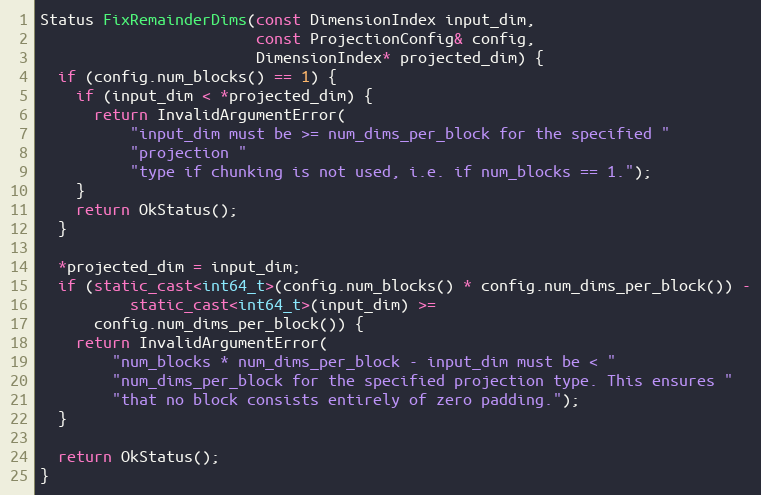
Language: C++
Status FixRemainderDims(const DimensionIndex input_dim,
                        const ProjectionConfig& config,
                        DimensionIndex* projected_dim) {
  if (config.num_blocks() == 1) {
    if (input_dim < *projected_dim) {
      return InvalidArgumentError(
          "input_dim must be >= num_dims_per_block for the specified "
          "projection "
          "type if chunking is not used, i.e. if num_blocks == 1.");
    }
    return OkStatus();
  }

  *projected_dim = input_dim;
  if (static_cast<int64_t>(config.num_blocks() * config.num_dims_per_block()) -
          static_cast<int64_t>(input_dim) >=
      config.num_dims_per_block()) {
    return InvalidArgumentError(
        "num_blocks * num_dims_per_block - input_dim must be < "
        "num_dims_per_block for the specified projection type. This ensures "
        "that no block consists entirely of zero padding.");
  }

  return OkStatus();
}